38_143685_box_Incident_Summaries_101-172
Agency: Department of War
Page 85
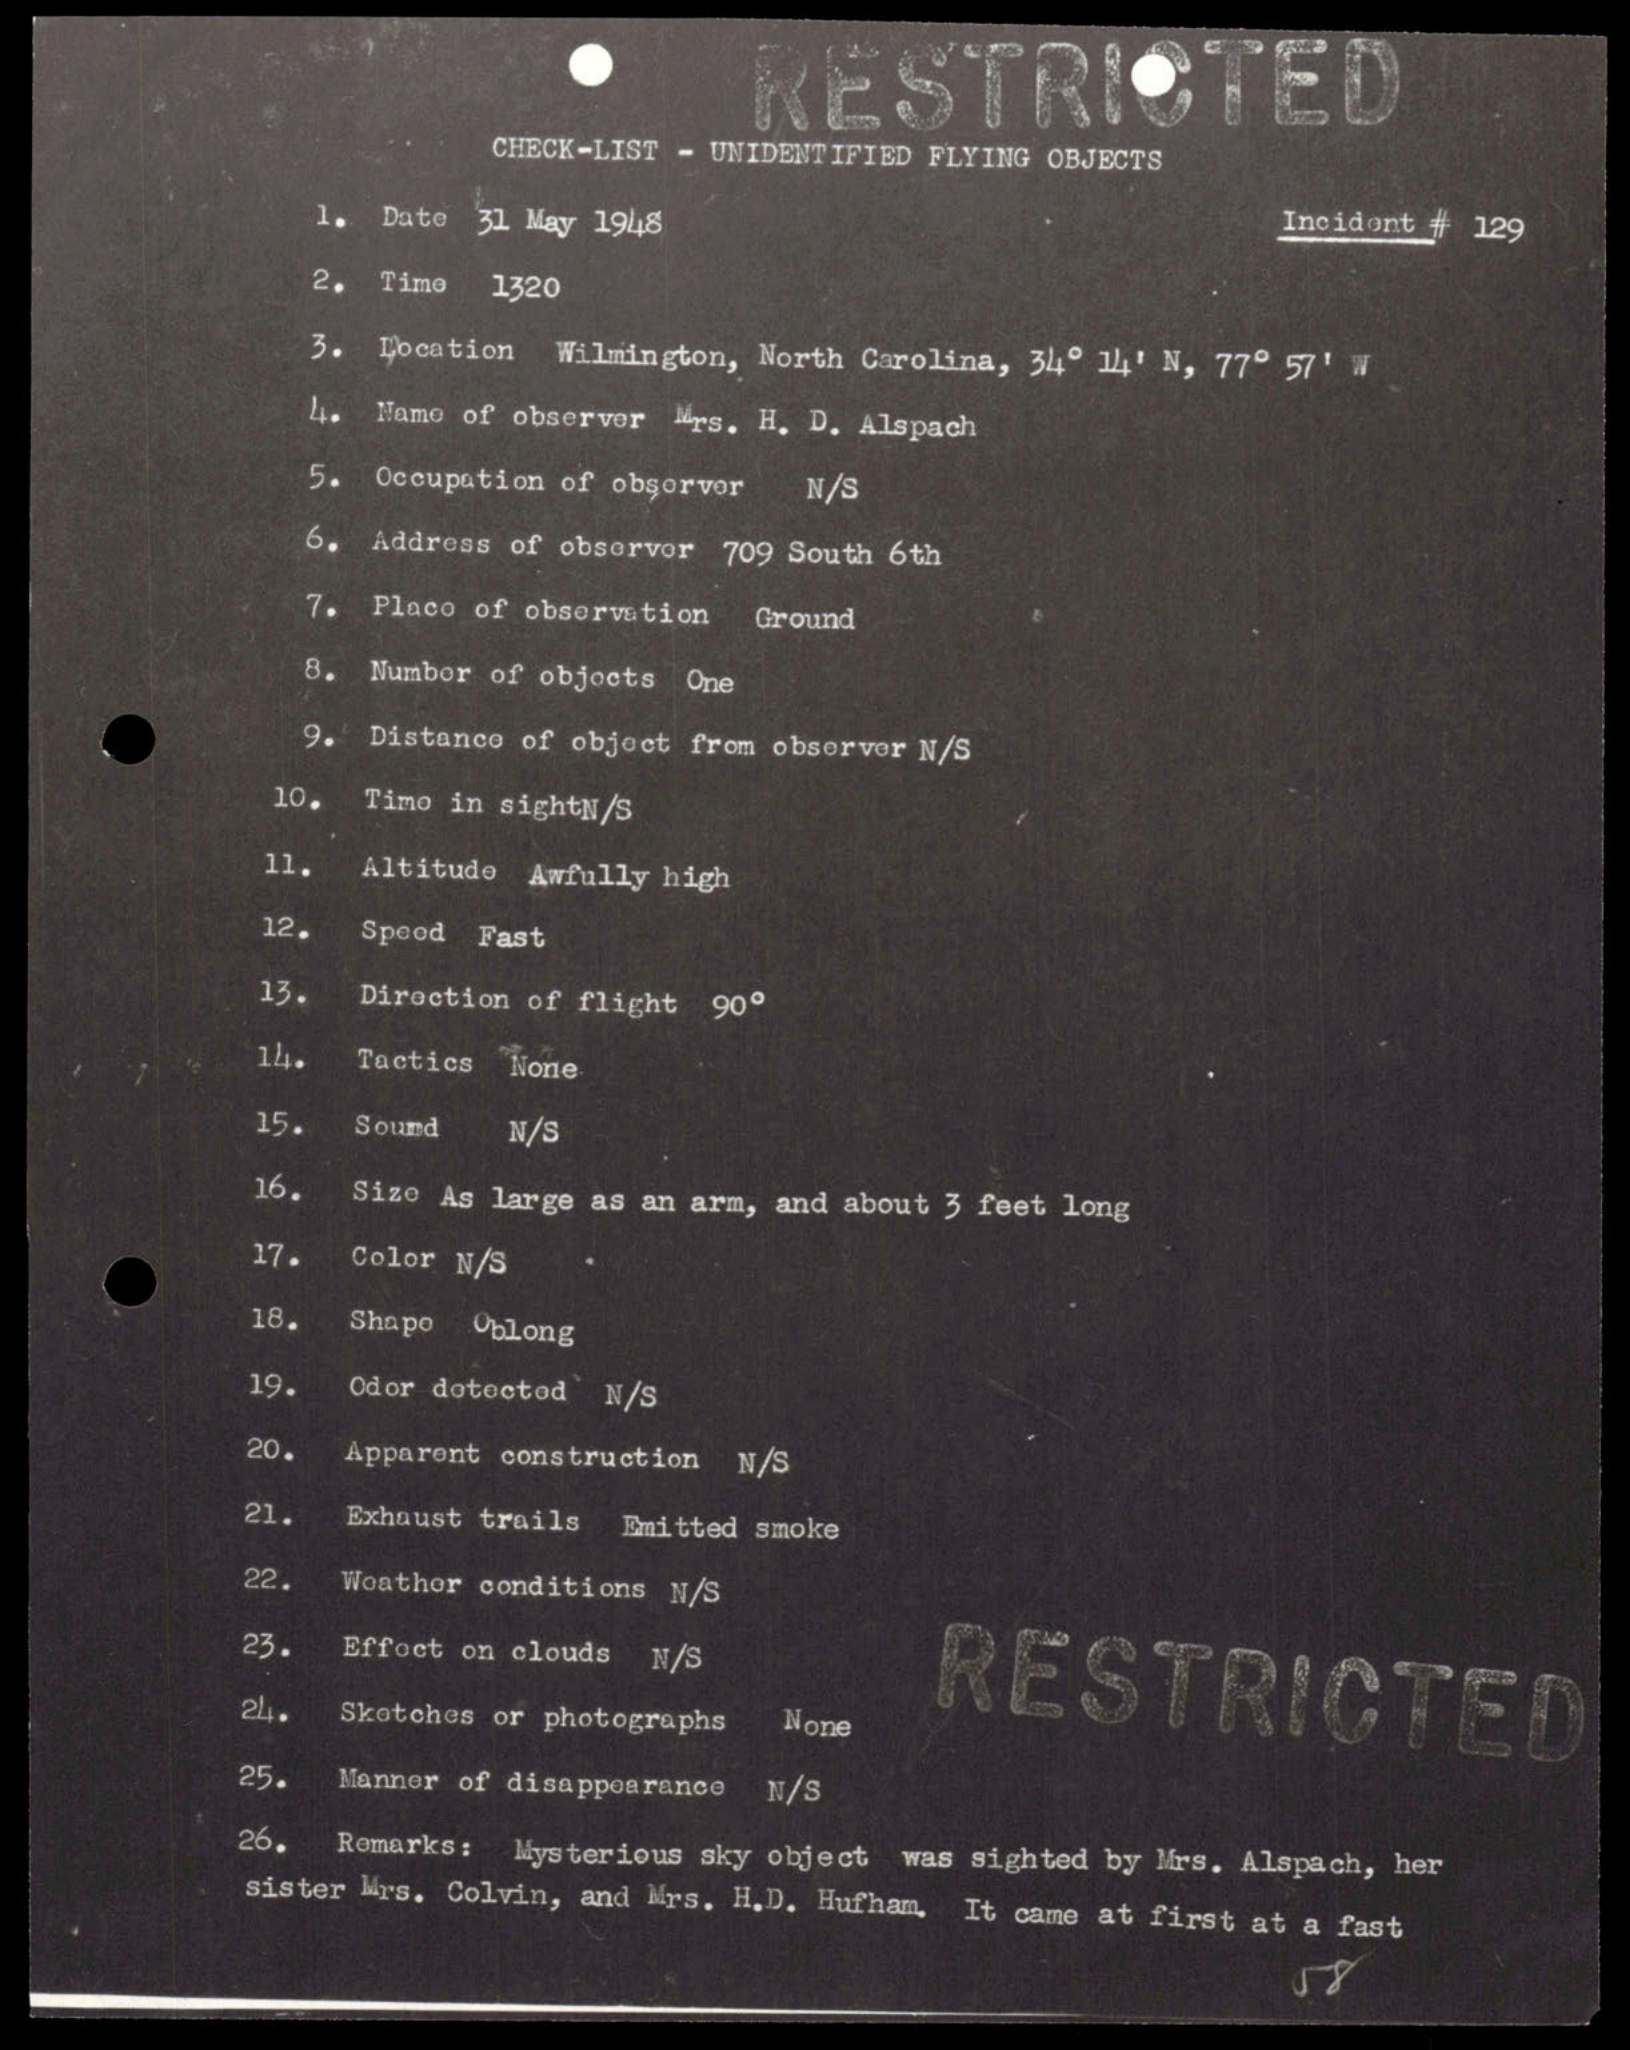